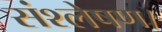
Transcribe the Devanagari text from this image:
संश्लेषण।